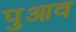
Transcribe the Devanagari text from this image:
पुआव